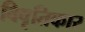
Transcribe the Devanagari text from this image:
विवृतिकार